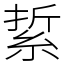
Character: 䋢